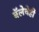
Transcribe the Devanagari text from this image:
बॅलेचेही